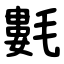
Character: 氀